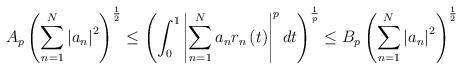
LaTeX: \begin{align*}A_{p}\left( \sum_{n=1}^{N}\left\vert a_{n}\right\vert ^{2}\right) ^{\frac{1}{2}}\leq \left( \int_{0}^{1}\left\vert \sum_{n=1}^{N}a_{n}r_{n}\left(t\right) \right\vert ^{p}dt\right) ^{\frac{1}{p}}\leq B_{p}\left(\sum_{n=1}^{N}\left\vert a_{n}\right\vert ^{2}\right) ^{\frac{1}{2}}\end{align*}